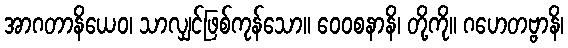
အာဂတာနိယေဝ၊ သာလျှင်ဖြစ်ကုန်သော။ ဝေဝစနာနိ၊ တို့ကို။ ဂဟေတဗ္ဗာနိ၊